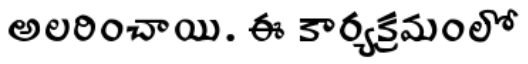
అలరించాయి. ఈ కార్యక్రమంలో